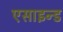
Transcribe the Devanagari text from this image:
एसाइन्ड